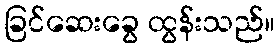
ခြင်ဆေးခွေ ထွန်းသည်။